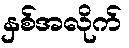
နှစ်အလိုက်